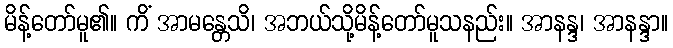
မိန့်တော်မူ၏။ ကိံ အာမန္တေသိ၊ အဘယ်သို့မိန့်တော်မူသနည်း။ အာနန္ဒ၊ အာနန္ဒာ။